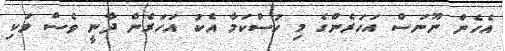
އެހެން ނޫނަސް އަހަރެންގެ މި ހުސްކަމާ އެކު އަހަރެން ދާނީ ވެސް ވަކި